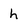
Character: h